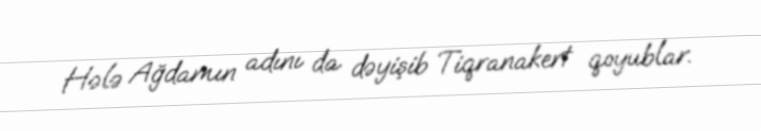
Hələ Ağdamın adını da dəyişib Tiqranakert qoyublar.